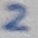
Text: 2